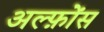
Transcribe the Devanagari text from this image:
अल्फ़ोंस